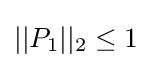
||P_{1}||_{2}\leq 1